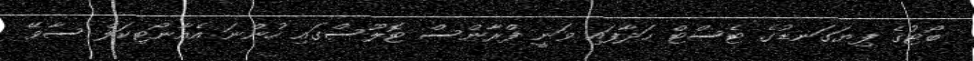
ބޯޓުގެ ފިޔަގަނޑުގެ ޓެސްޓް ހަދާފައި ވަނީ ފްރާންސް ޓޮލޫސްގައި ހުންނަ އެއާނޯޓިކަލް ސާވޭ